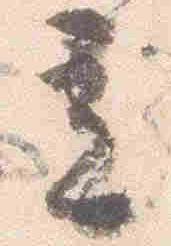
立